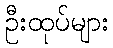
ဦးထုပ်များ